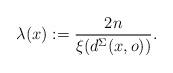
LaTeX: \begin{align*}\lambda(x):=\frac{2n}{\xi(d^{\Sigma}(x,o))}.\end{align*}